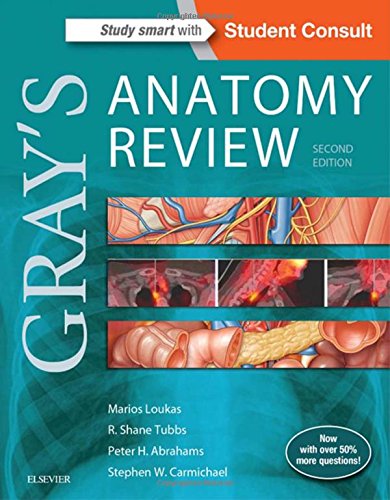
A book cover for Gray's Anatomy Review: with STUDENT CONSULT Online Access, 2e; Marios Loukas MD  PhD; Medical Books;